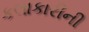
કલાકારીની